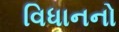
વિધાનનો